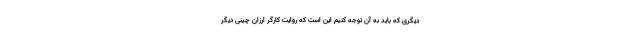
دیگری که باید به آن توجه کنیم این است که روایت کارگر ارزان چینی دیگر